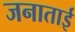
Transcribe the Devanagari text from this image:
जनाताई